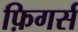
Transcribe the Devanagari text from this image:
फ़िगर्स